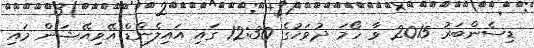
ޑިސެންބަރު 2015 ވާ ހޯމަ ދުވަހުގެ 12:30 ގައި އައިލެންޑް އޭވިއޭޝަން މައި